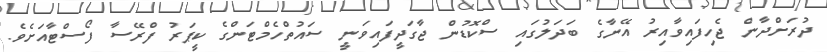
ދުރަށްދާން ޖެހިފައިވާއިރު އޭނާގެ ބަދަލުގައި ސްކޮޑުން ޖާގަދީފައިވަނީ ސައުތްހެމްޓަންގެ ކީޕަރު ފްރޭސާ ފޯސްޓާއަށެވެ.